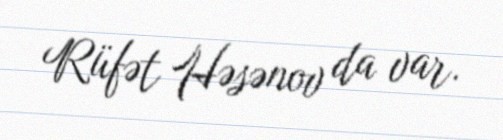
Rüfət Həsənov da var.